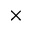
\times